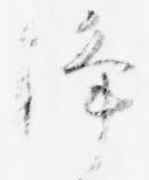
浄